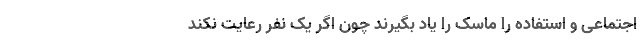
اجتماعی و استفاده را ماسک را یاد بگیرند چون اگر یک نفر رعایت نکند